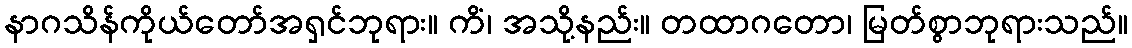
နာဂသိန်ကိုယ်တော်အရှင်ဘုရား။ ကိံ၊ အသို့နည်း။ တထာဂတော၊ မြတ်စွာဘုရားသည်။